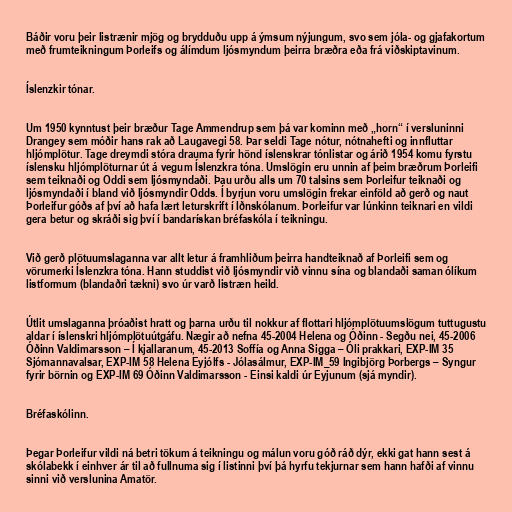
Báðir voru þeir listrænir mjög og brydduðu upp á ýmsum nýjungum, svo sem jóla- og gjafakortum
með frumteikningum Þorleifs og álímdum ljósmyndum þeirra bræðra eða frá viðskiptavinum.

Íslenzkir tónar.

Um 1950 kynntust þeir bræður Tage Ammendrup sem þá var kominn með „horn“ í versluninni
Drangey sem móðir hans rak að Laugavegi 58. Þar seldi Tage nótur, nótnahefti og innfluttar
hljómplötur. Tage dreymdi stóra drauma fyrir hönd íslenskrar tónlistar og árið 1954 komu fyrstu
íslensku hljómplöturnar út á vegum Íslenzkra tóna. Umslögin eru unnin af þeim bræðrum Þorleifi
sem teiknaði og Oddi sem ljósmyndaði. Þau urðu alls um 70 talsins sem Þorleifur teiknaði og
ljósmyndaði í bland við ljósmyndir Odds. Í byrjun voru umslögin frekar einföld að gerð og naut
Þorleifur góðs af því að hafa lært leturskrift í Iðnskólanum. Þorleifur var lúnkinn teiknari en vildi
gera betur og skráði sig því í bandarískan bréfaskóla í teikningu.

Við gerð plötuumslaganna var allt letur á framhliðum þeirra handteiknað af Þorleifi sem og
vörumerki Íslenzkra tóna. Hann studdist við ljósmyndir við vinnu sína og blandaði saman ólíkum
listformum (blandaðri tækni) svo úr varð listræn heild.

Útlit umslaganna þróaðist hratt og þarna urðu til nokkur af flottari hljómplötuumslögum tuttugustu
aldar í íslenskri hljómplötuútgáfu. Nægir að nefna 45-2004 Helena og Óðinn - Segðu nei, 45-2006
Óðinn Valdimarsson – Í kjallaranum, 45-2013 Soffía og Anna Sigga – Óli prakkari, EXP-IM 35
Sjómannavalsar, EXP-IM 58 Helena Eyjólfs - Jólasálmur, EXP-IM_59 Ingibjörg Þorbergs – Syngur
fyrir börnin og EXP-IM 69 Óðinn Valdimarsson - Einsi kaldi úr Eyjunum (sjá myndir).

Bréfaskólinn.

Þegar Þorleifur vildi ná betri tökum á teikningu og málun voru góð ráð dýr, ekki gat hann sest á
skólabekk í einhver ár til að fullnuma sig í listinni því þá hyrfu tekjurnar sem hann hafði af vinnu
sinni við verslunina Amatör.